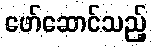
ဖော်ဆောင်သည့်